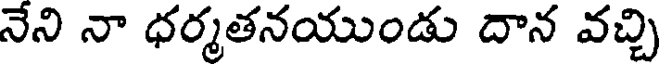
నేని నా ధర్మతనయుండు దాన వచ్చి